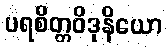
ပရစိတ္တဝိဒုနိယော